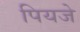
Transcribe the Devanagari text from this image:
पियजे